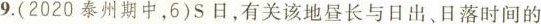
9.(2020泰州期中，6)S日，有关该地昼长与日出、日落时间的